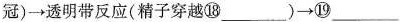
冠) \rightarrow 透明带反应(精子穿越⑱___) \rightarrow ⑲___